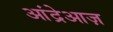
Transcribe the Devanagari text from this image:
आंद्रेआज़